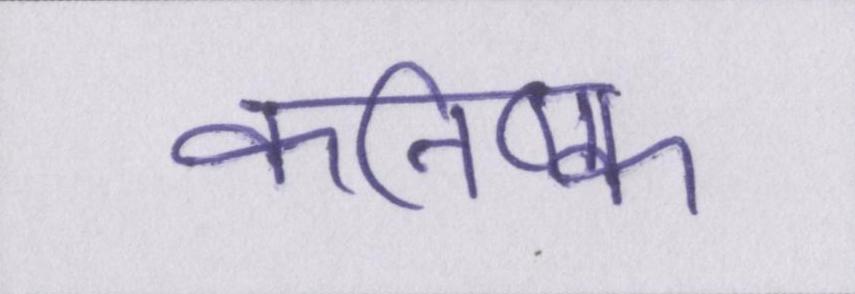
कनिष्क